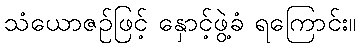
သံယောဇဉ်ဖြင့် နှောင့်ဖွဲ့ခံ ရကြောင်း။